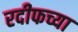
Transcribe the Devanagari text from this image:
रदीफच्या